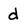
Character: d